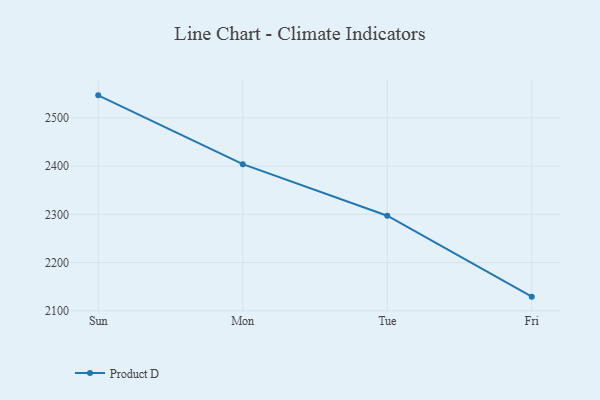
{"axis": {"x": "Day", "y": "Humidity (%)"}, "legend": ["Product D"], "data": [{"x": "Sun", "y": 2546.5, "type": "Product D"}, {"x": "Mon", "y": 2404.0, "type": "Product D"}, {"x": "Tue", "y": 2297.2, "type": "Product D"}, {"x": "Fri", "y": 2129.5, "type": "Product D"}]}